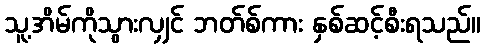
သူ့အိမ်ကိုသွားလျှင် ဘတ်စ်ကား နှစ်ဆင့်စီးရသည်။